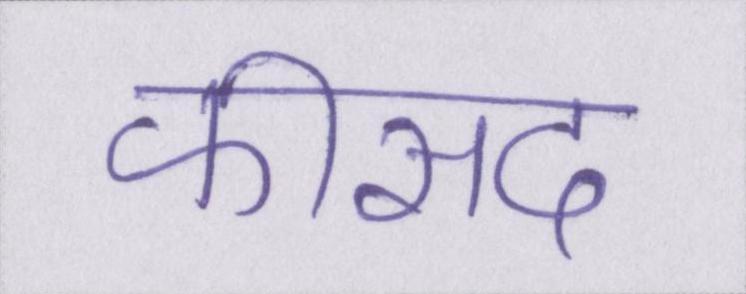
फीसद